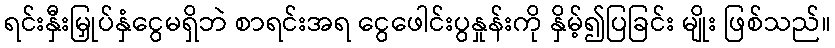
ရင်းနှီးမြှုပ်နှံငွေမရှိဘဲ စာရင်းအရ ငွေဖေါင်းပွနှုန်းကို နှိမ့်၍ပြခြင်း မျိုး ဖြစ်သည်။